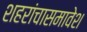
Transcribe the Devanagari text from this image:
शहरांचासमावेश